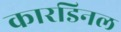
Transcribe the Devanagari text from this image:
कारडिनल